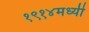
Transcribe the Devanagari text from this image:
१९१४मध्यी